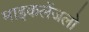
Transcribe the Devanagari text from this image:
माइकलेंजलो